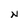
Character: N